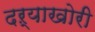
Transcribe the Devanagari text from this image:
दऱ्‍याखोरी